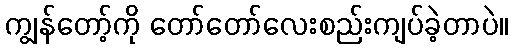
ကျွန်တော့်ကို တော်တော်လေးစည်းကျပ်ခဲ့တာပဲ။